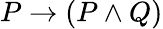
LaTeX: P\to(P\land Q)